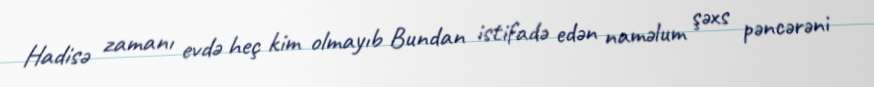
Hadisə zamanı evdə heç kim olmayıb Bundan istifadə edən naməlum şəxs pəncərəni